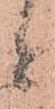
と